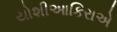
યોશીઆકિરાએ